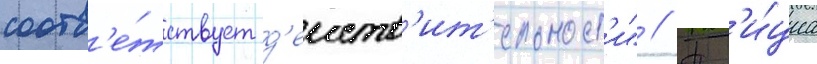
соотв'е́тствует д'еиств'ит'ельност'и" // Пол'и́циа